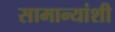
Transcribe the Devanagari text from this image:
सामान्यांशी